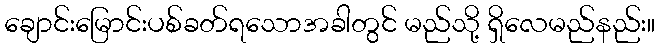
ချောင်းမြောင်းပစ်ခတ်ရသောအခါတွင် မည်သို့ ရှိလေမည်နည်း။